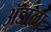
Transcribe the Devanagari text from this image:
ॲडाला